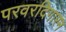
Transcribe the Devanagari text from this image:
परवरदिगारन